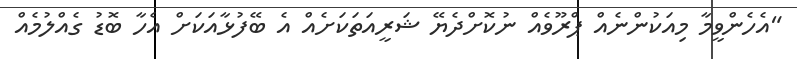
"އެހެންވީމާ މިއަކުންނެއް ޕްރޫވެއް ނުކޮށްދެޔޭ ޝަރީއަތަކަށެއް އެ ބޭފުޅާއަކަށް އެހާ ބޮޑު ގެއްލުމެއް